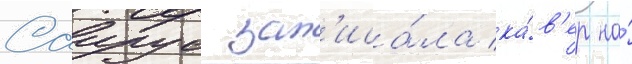
Саирус зап'иса́ла ка́в'ер на́